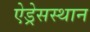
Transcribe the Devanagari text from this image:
ऐड्रेसस्थान